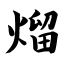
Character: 熘